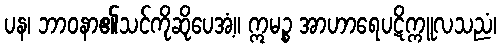
ပန၊ ဘာဝနာ၏သင်ကိုဆိုပေအံ့။ ဣမဉ္စ အာဟာရေပဋိက္ကူလသညံ၊